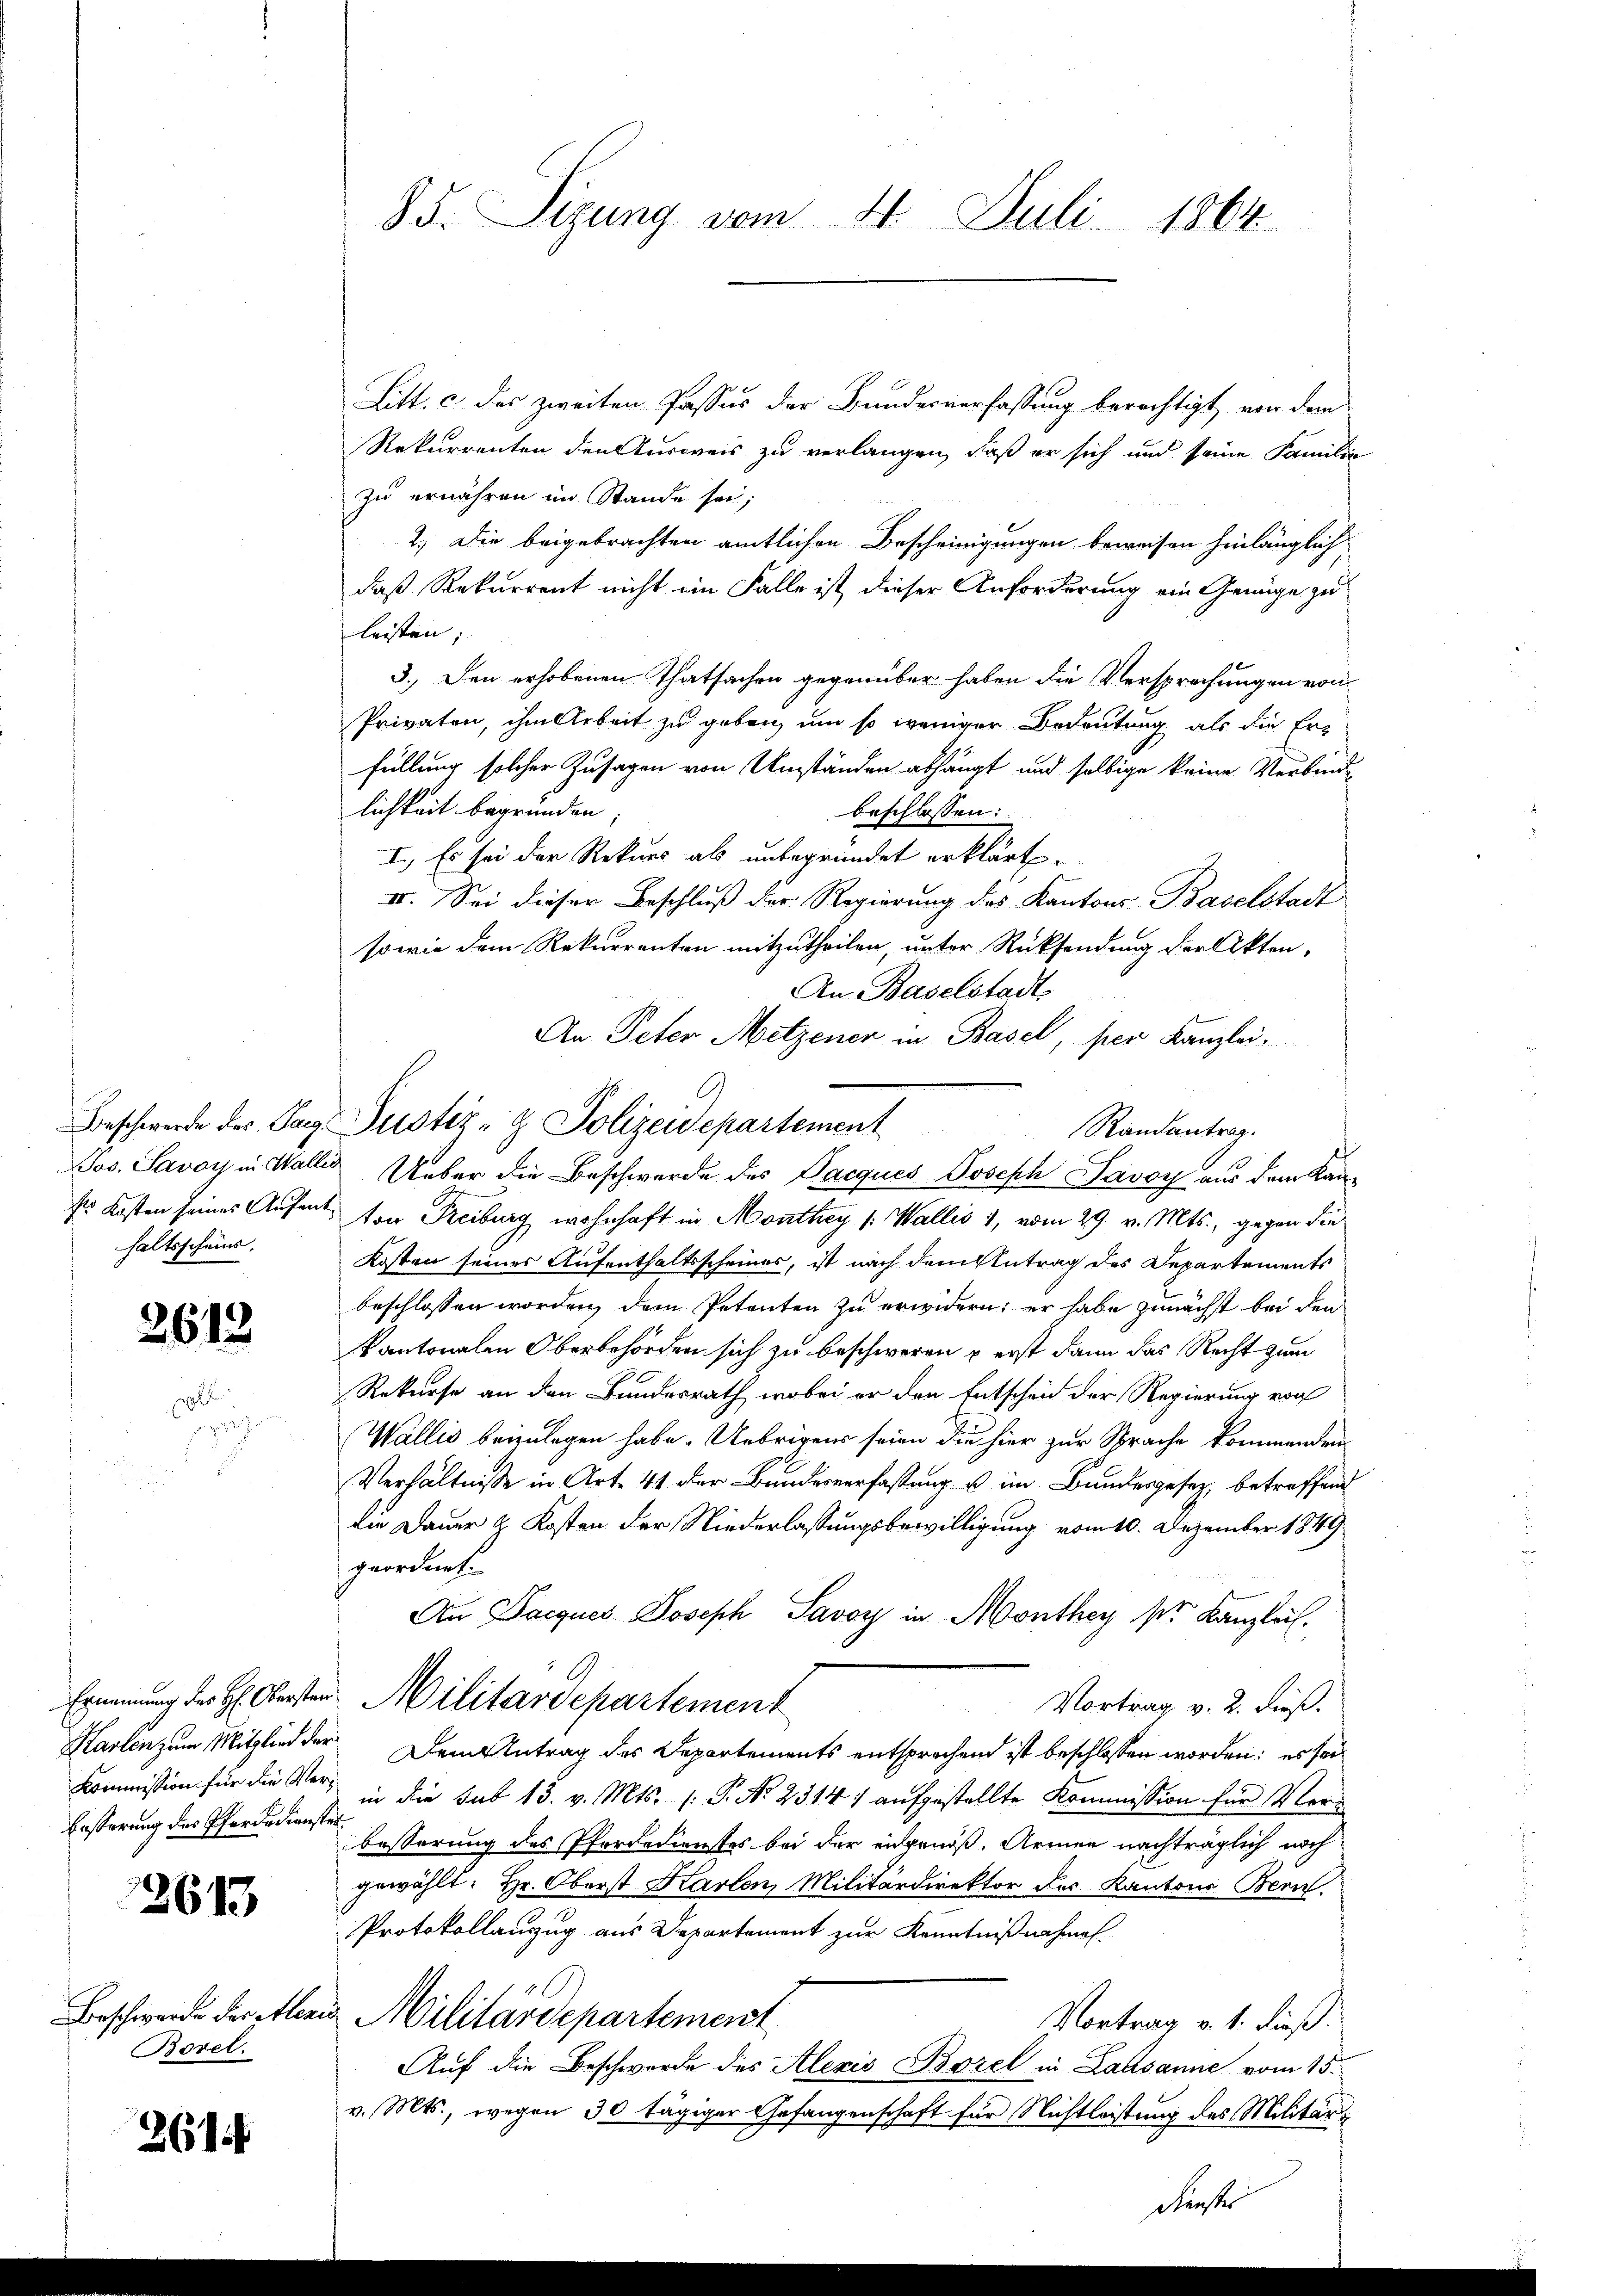
haltsscheins.

2612

10

Eisterung des Pferdedienster

2613

Borel.

261.

85. Sizung vom 4. Juli 1864

Litt. c des zweiten Passus der Bundesverfassung berechtigt, von dem
Rekurrenten den Ausweis zu verlangen, daß er sich und seine Familie
zu ernähren im Stande sei;
2.) Die beigebrachten amtlichen Bescheinigungen beweisen hinlänglich
daß Rekurrent nicht im Falle ist dieser Anforderung ein Genüge zu
leisten;
3.) Den erhobenen Thatsachen gegenüber haben die Versprechungen von
Privaten, ihm Arbeit zu geben, um so weniger Bedeutung als die Erfüllung solcher Zusagen von Umständen abhängt und selbige keine Verbind
lichkeit begründen
beschlossen:
I. Es sei der Rekurs als unbegründet erklärt.
II. Sei dieser Beschluß der Regierung des Kantons Baselstadt
sowie dem Rekurrenten mitzutheilen, unter Rücksendung der Akten,
An Baselstadt
An Peter Metzener in Basel, per Kanzlei.
Randantrag.
Jos. Savoy in Walle Ueber die Beschwerde des Pacques Joseph Savoy aus dem Kanser Kosten seines Aufen von Freiburg wohnhaft in Monthey (Wallis 1, vom 29. v. Mts., gegen die
Kosten seines Aufenthaltsscheines, ist nach dem Antrag des Departements
beschlossen worden, dem Petenten zu erwidern; er habe zunächst bei den
kantonalen Oberbehörden sich zu beschweren u erst dann das Recht zum
Rekurse an den Bundesrath, wobei er den Entscheid der Regierung von
Wallis beizulegen habe. Uebrigens seien die hier zur Sprache kommenden
Verhältnisse in Art. 41 der Bundesverfassung u im Bundesgesetz, betreffend
die Dauer & Kosten der Niederlassungsbewilligung vom 10. Dezember 1849
geordnet.
An Dacques Joseph Savoy in Monthey sr. Kanzlei.
Ernennung des H: Obersten Militärdepartement
Vortrag v. 2. dieß.
Karten zum Mitglied der Dem Antrag des Departements entsprochend ist beschlossen worden; es sei
Kommission für die er in die Sub 13. v. Mts. (: P. Nr. 2314/ aŭfgestellte Kommission für Verbesserung des Pferdedienstes bei der eidgenöß. Armen nachträglich noch
gewählt: Hr. Oberst Karten, Militärdirektor des Kantons Bern.
Protokollauszug aus Departement zur Kenntnißnahmen.
Beschwerde der Alleris Militärdepartement
Vortrag v. 1. dieß.
Auf die Beschwerde des Alexis Borel in Lausanne vom 15.
v. Mts., wegen 30 tägiger Gefangenschaft für Nichtleistung des Militär¬

Beschwerde der Tag. Justiz- & Polizeidepartement